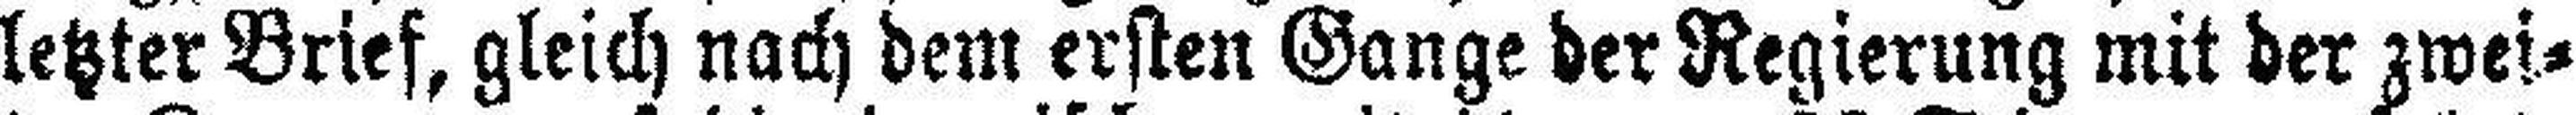
letzter Brief, gleich nach dem ersten Gange der Regierung mit der zwei¬